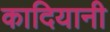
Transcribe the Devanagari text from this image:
कादियानी